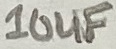
Text: 10uF